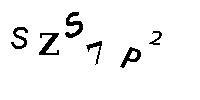
SZS7P2